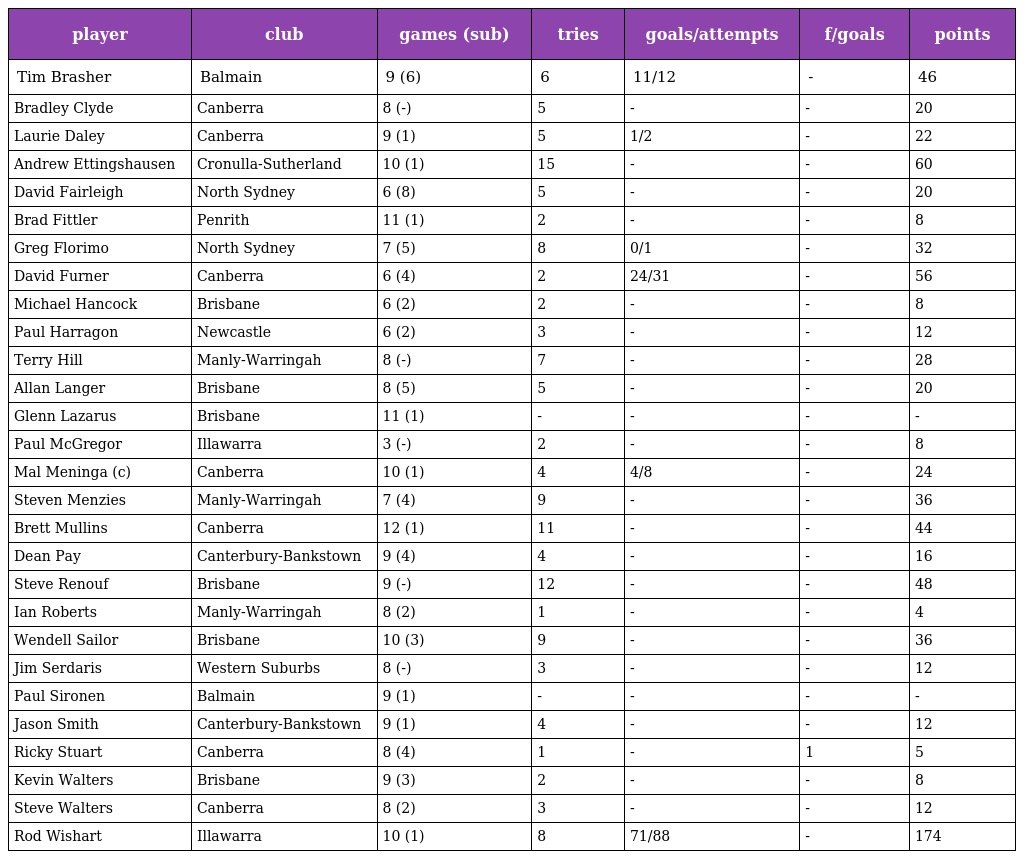
| player | club | games (sub) | tries | goals/attempts | f/goals | points |
 | --- | --- | --- | --- | --- | --- | --- |
 | Tim Brasher | Balmain | 9 (6) | 6 | 11/12 | - | 46 |
 | Bradley Clyde | Canberra | 8 (-) | 5 | - | - | 20 |
 | Laurie Daley | Canberra | 9 (1) | 5 | 1/2 | - | 22 |
 | Andrew Ettingshausen | Cronulla-Sutherland | 10 (1) | 15 | - | - | 60 |
 | David Fairleigh | North Sydney | 6 (8) | 5 | - | - | 20 |
 | Brad Fittler | Penrith | 11 (1) | 2 | - | - | 8 |
 | Greg Florimo | North Sydney | 7 (5) | 8 | 0/1 | - | 32 |
 | David Furner | Canberra | 6 (4) | 2 | 24/31 | - | 56 |
 | Michael Hancock | Brisbane | 6 (2) | 2 | - | - | 8 |
 | Paul Harragon | Newcastle | 6 (2) | 3 | - | - | 12 |
 | Terry Hill | Manly-Warringah | 8 (-) | 7 | - | - | 28 |
 | Allan Langer | Brisbane | 8 (5) | 5 | - | - | 20 |
 | Glenn Lazarus | Brisbane | 11 (1) | - | - | - | - |
 | Paul McGregor | Illawarra | 3 (-) | 2 | - | - | 8 |
 | Mal Meninga (c) | Canberra | 10 (1) | 4 | 4/8 | - | 24 |
 | Steven Menzies | Manly-Warringah | 7 (4) | 9 | - | - | 36 |
 | Brett Mullins | Canberra | 12 (1) | 11 | - | - | 44 |
 | Dean Pay | Canterbury-Bankstown | 9 (4) | 4 | - | - | 16 |
 | Steve Renouf | Brisbane | 9 (-) | 12 | - | - | 48 |
 | Ian Roberts | Manly-Warringah | 8 (2) | 1 | - | - | 4 |
 | Wendell Sailor | Brisbane | 10 (3) | 9 | - | - | 36 |
 | Jim Serdaris | Western Suburbs | 8 (-) | 3 | - | - | 12 |
 | Paul Sironen | Balmain | 9 (1) | - | - | - | - |
 | Jason Smith | Canterbury-Bankstown | 9 (1) | 4 | - | - | 12 |
 | Ricky Stuart | Canberra | 8 (4) | 1 | - | 1 | 5 |
 | Kevin Walters | Brisbane | 9 (3) | 2 | - | - | 8 |
 | Steve Walters | Canberra | 8 (2) | 3 | - | - | 12 |
 | Rod Wishart | Illawarra | 10 (1) | 8 | 71/88 | - | 174 |